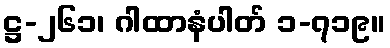
ဋ္ဌ-၂၆၁၊ ဂါထာနံပါတ် ၁-၇၁၉။